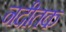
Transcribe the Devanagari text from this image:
नदीतक